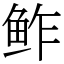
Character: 鲊